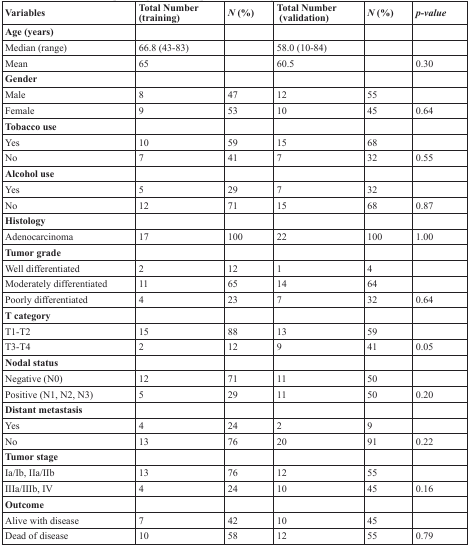
| Variables | Total Number (training) | N (%) | Total Number (validation) | N (%) | p-value |
 | --- | --- | --- | --- | --- | --- |
 | Age (years) |  |  |  |  |  |
 | Median (range) | 66.8 (43-83) |  | 58.0 (10-84) |  |  |
 | Mean | 65 |  | 60.5 |  | 0.30 |
 | Gender |  |  |  |  |  |
 | Male | 8 | 47 | 12 | 55 |  |
 | Female | 9 | 53 | 10 | 45 | 0.64 |
 | Tobacco use |  |  |  |  |  |
 | Yes | 10 | 59 | 15 | 68 |  |
 | No | 7 | 41 | 7 | 32 | 0.55 |
 | Alcohol use |  |  |  |  |  |
 | Yes | 5 | 29 | 7 | 32 |  |
 | No | 12 | 71 | 15 | 68 | 0.87 |
 | Histology |  |  |  |  |  |
 | Adenocarcinoma | 17 | 100 | 22 | 100 | 1.00 |
 | Tumor grade |  |  |  |  |  |
 | Well differentiated | 2 | 12 | 1 | 4 |  |
 | Moderately differentiated | 11 | 65 | 14 | 64 |  |
 | Poorly differentiated | 4 | 23 | 7 | 32 | 0.64 |
 | T category |  |  |  |  |  |
 | T1-T2 | 15 | 88 | 13 | 59 |  |
 | T3-T4 | 2 | 12 | 9 | 41 | 0.05 |
 | Nodal status |  |  |  |  |  |
 | Negative (N0) | 12 | 71 | 11 | 50 |  |
 | Positive (N1, N2, N3) | 5 | 29 | 11 | 50 | 0.20 |
 | Distant metastasis |  |  |  |  |  |
 | Yes | 4 | 24 | 2 | 9 |  |
 | No | 13 | 76 | 20 | 91 | 0.22 |
 | Tumor stage |  |  |  |  |  |
 | Ia/Ib, IIa/IIb | 13 | 76 | 12 | 55 |  |
 | IIIa/IIIb, IV | 4 | 24 | 10 | 45 | 0.16 |
 | Outcome |  |  |  |  |  |
 | Alive with disease | 7 | 42 | 10 | 45 |  |
 | Dead of disease | 10 | 58 | 12 | 55 | 0.79 |